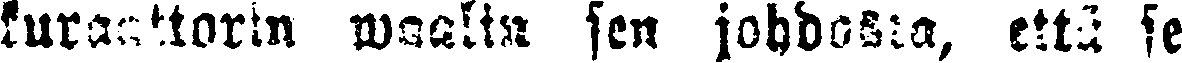
kuraattorin waalin sen johdosta, että se